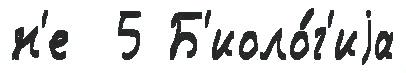
н'е  5 Б'иоло́г'иjа